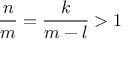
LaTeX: \frac { n } { m } = \frac { k } { m - l } > 1